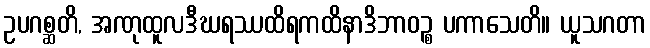
ဥပဂစ္ဆတိ, အဏုထူလဒီဃရဿထိရကထိနာဒိဘာဝဉ္စ ပကာသေတိ။ ယူသဂတာ